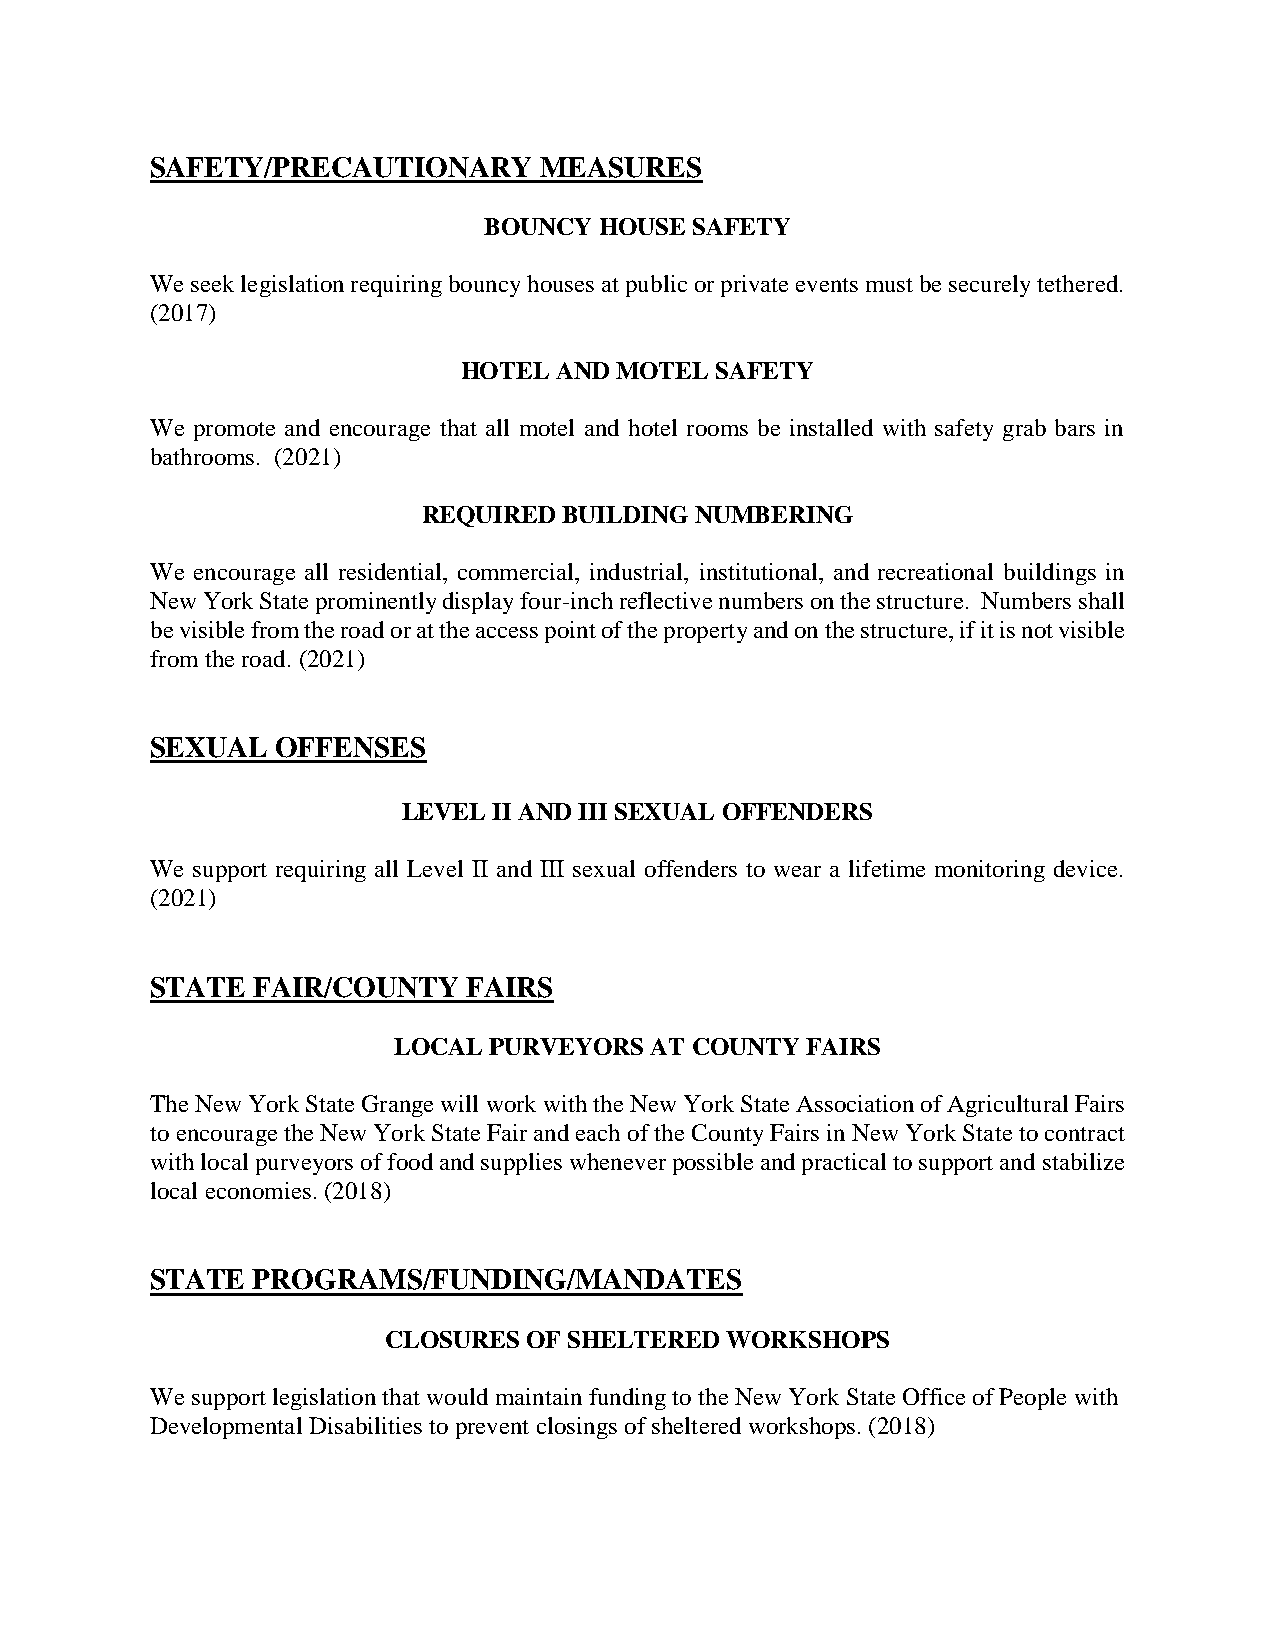
SAFETY/PRECAUTIONARY      MEASURES
 BOUNCY  HOUSE SAFETY
 We seek legislation requiring bouncy houses at public or private events must be securely tethered.
 (2017)
 HOTEL  AND MOTEL SAFETY
 We promote and encourage that all motel and hotel rooms be installed with safety grab bars in
 bathrooms. (2021)
 REQUIRED BUILDING NUMBERING
 We encourage all residential, commercial, industrial, institutional, and recreational buildings in
 New York State prominently display four-inch reflective numbers on the structure. Numbers shall
 be visible from the road or at the access point of the property and on the structure, if it is not visible
 from the road. (2021)
 SEXUAL  OFFENSES
 LEVEL II AND III SEXUAL OFFENDERS
 We support requiring all Level II and III sexual offenders to wear a lifetime monitoring device.
 (2021)
 STATE  FAIR/COUNTY   FAIRS
 LOCAL PURVEYORS  AT COUNTY FAIRS
 The New York State Grange will work with the New York State Association of Agricultural Fairs
 to encourage the New York State Fair and each of the County Fairs in New York State to contract
 with local purveyors of food and supplies whenever possible and practical to support and stabilize
 local economies. (2018)
 STATE  PROGRAMS/FUNDING/MANDATES
 CLOSURES  OF SHELTERED WORKSHOPS
 We support legislation that would maintain funding to the New York State Office of People with
 Developmental Disabilities to prevent closings of sheltered workshops. (2018)